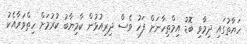
ހަޔާތުގައި ދިމާވި ބޮޑު އިމްތިހާނަށް ފަހު ވެސް ދިރިއުޅުން ކާމިޔާބު ކުރުމަށް ހިތްވަރާއެކު